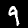
Label: 9